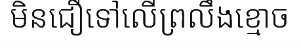
មិនជឿទៅលើព្រលឹងខ្មោច